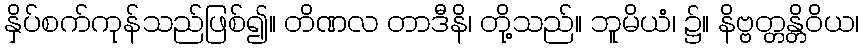
နှိပ်စက်ကုန်သည်ဖြစ်၍။ တိဏလ တာဒီနိ၊ တို့သည်။ ဘူမိယံ၊ ၌။ နိဗ္ဗတ္တန္တိဝိယ၊